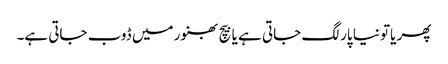
پھر یاتو نیا پار لگ جاتی ہے یا بیچ بھنور میں ڈوب جاتی ہے۔